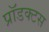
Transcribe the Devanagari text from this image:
प्रॉडक्टस